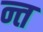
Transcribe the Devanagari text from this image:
न्त